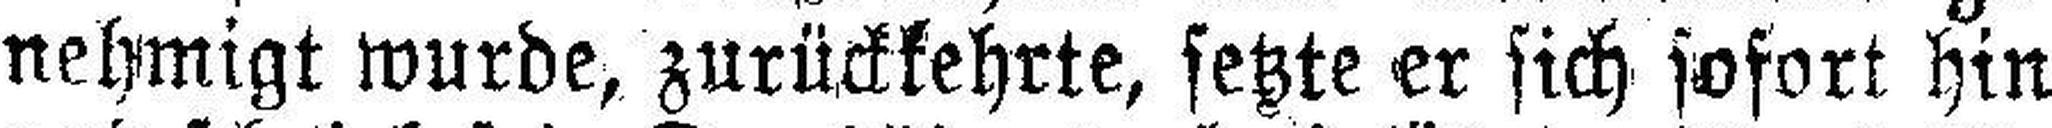
nehmigt wurde, zurückkehrte, setzte er sich sofort hin